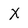
Character: X